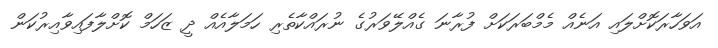
އަވަހާރަކޮށްލައި އަނެއް މެމްބަރަކަށް ފުރާނަ ގެއްލޭވަރުގެ ނުރައްކާތެރި ހަމަލާއެއް ދީ ޒަހަމް ކޮށްލާފައިވާއިރުކަން